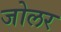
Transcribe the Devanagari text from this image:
जोलर